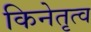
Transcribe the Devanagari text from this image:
किनेतृत्व